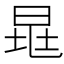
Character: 𣆷